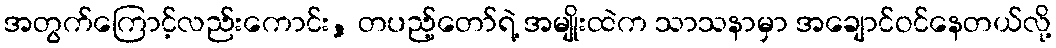
အတွက်ကြောင့်လည်းကောင်း, တပည့်တော်ရဲ့ အမျိုးထဲက သာသနာမှာ အချောင်ဝင်နေတယ်လို့